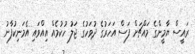
ރައީސް ޔާމީންގެ މައްޗަށް ފަސް އަހަރުގެ ދުވަހުގެ ޖަލު ހުކުމެއް އިއްވައި އެމަނިކުފާނު